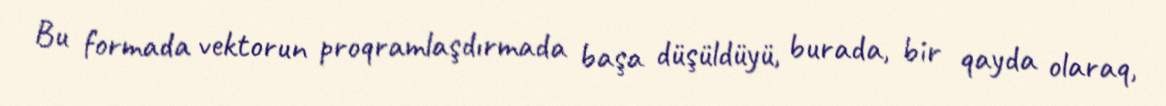
Bu formada vektorun proqramlaşdırmada başa düşüldüyü, burada, bir qayda olaraq,